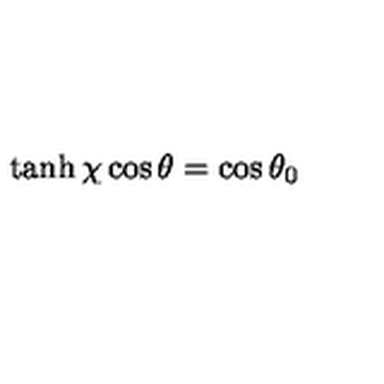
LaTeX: \tanh \chi \cos \theta = \cos \theta _ { 0 }